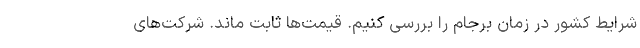
شرایط کشور در زمان برجام را بررسی کنیم. قیمت‌ها ثابت ماند. شرکت‌های